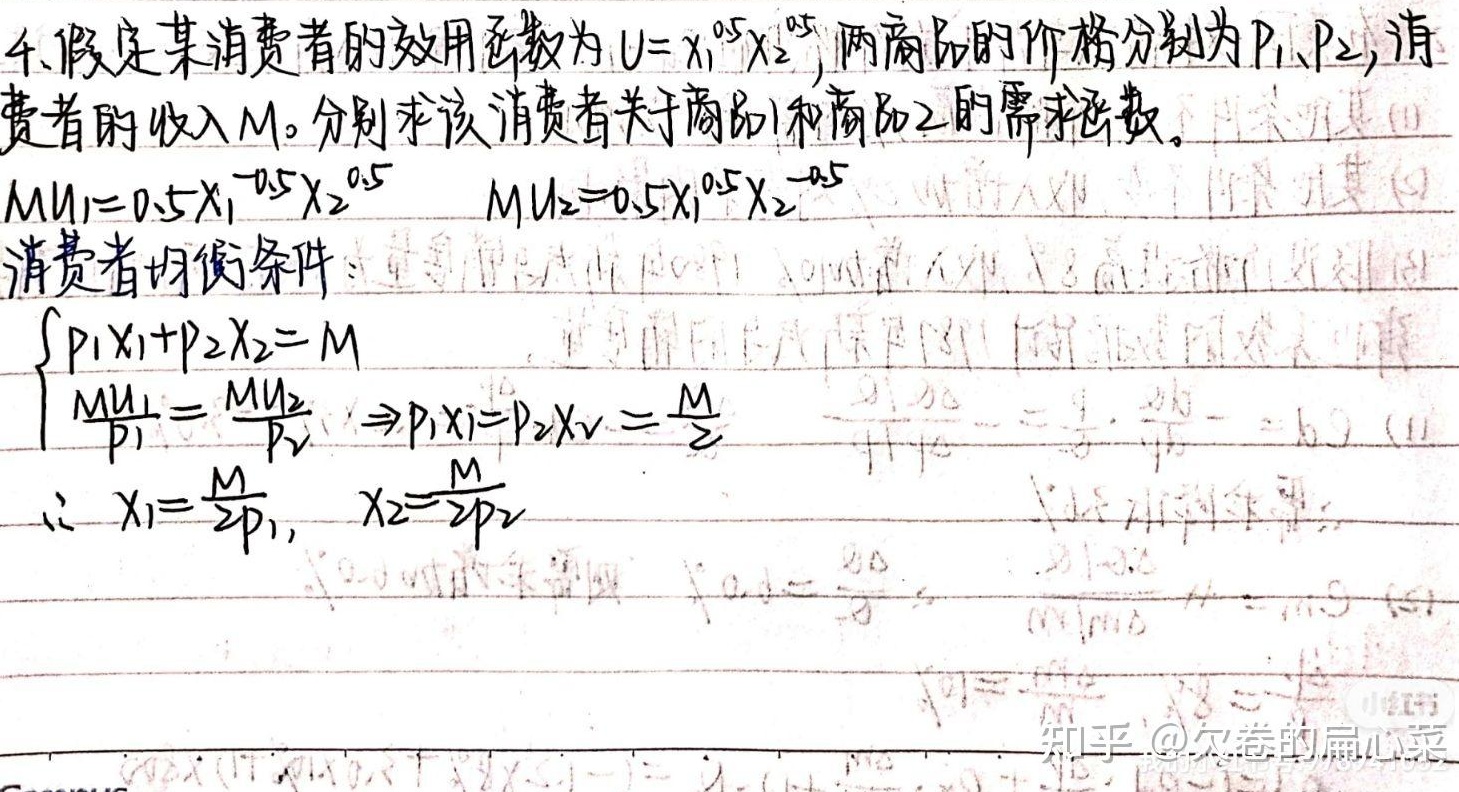
4. 假定某消费者的效用函数为\(U = x_1^{0.5}x_2^{0.5}\)，两商品的价格分别为\(P_1\)、\(P_2\)，消费者的收入为\(M\)。分别求该消费者关于商品1和商品2的需求函数。
\(MU_1 = 0.5x_1^{-0.5}x_2^{0.5}\)
\(MU_2 = 0.5x_1^{0.5}x_2^{-0.5}\)
消费者均衡条件：\(\begin{cases}P_1X_1 + P_2X_2 = M\\\frac{MU_1}{P_1}=\frac{MU_2}{P_2}\Rightarrow P_1X_1 = P_2X_2=\frac{M}{2}\end{cases}\)
\(\therefore X_1=\frac{M}{2P_1}\)，\(X_2=\frac{M}{2P_2}\)
知乎@欠卷的扁心菜